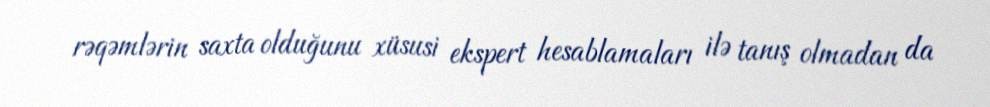
rəqəmlərin saxta olduğunu xüsusi ekspert hesablamaları ilə tanış olmadan da